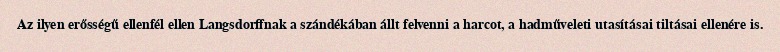
Az ilyen erősségű ellenfél ellen Langsdorffnak a szándékában állt felvenni a harcot, a hadműveleti utasításai tiltásai ellenére is.